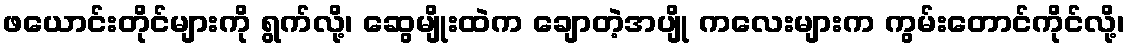
ဖယောင်းတိုင်များကို ရွက်လို့၊ ဆွေမျိုးထဲက ချောတဲ့အပျို ကလေးများက ကွမ်းတောင်ကိုင်လို့၊